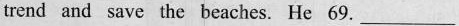
trend and save the beaches. He 69. ___